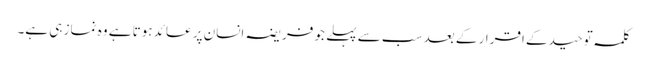
کلمہ توحید کے اقرار کے بعد سب سے پہلے جو فریضہ انسان پر عائد ہوتا ہے وہ نماز ہی ہے۔